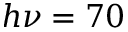
h \nu = 7 0